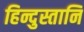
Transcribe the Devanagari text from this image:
हिन्दुस्तानि